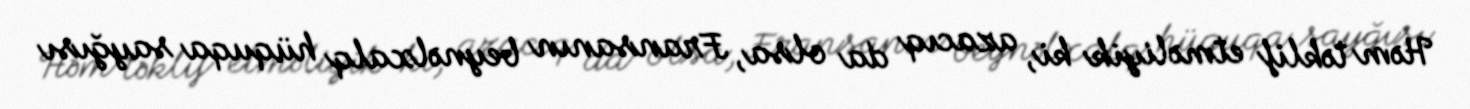
Həm təklif etməliyik ki, azacıq da olsa, Fransanın beynəlxalq hüquqa sayğısı